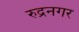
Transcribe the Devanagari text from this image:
रुद्रनगर